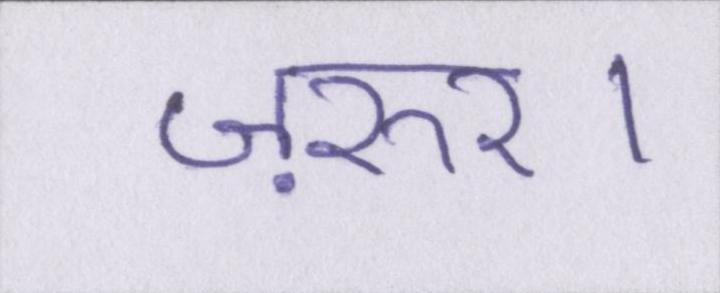
ज़रुर।